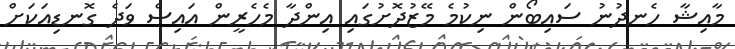
މާއިޝާ ހެނދުނު ސައިބޯން ނިކުމެ މޭޒުދޮށުގައި އިންދާ މެހެރީން އައިސް ވަދެ ގޮނޑިއަކަށް